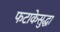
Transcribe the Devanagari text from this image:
फटाकेसुद्धा